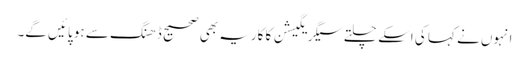
انہوں نے کہا کی اسکے چلتے سیگریگیشن کا کاریہ بھی صحیح ڈھنگ سے ہو پائیں گے۔